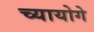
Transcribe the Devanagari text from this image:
च्यायोगे